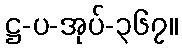
ဋ္ဌ-ပ-အုပ်-၃၆၇။